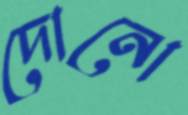
দোনো